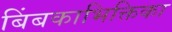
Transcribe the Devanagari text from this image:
बिंबकाभिक्तिका